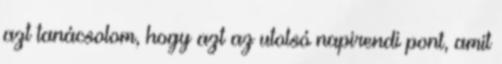
azt tanácsolom, hogy azt az utolsó napirendi pont, amit